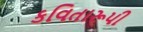
કવિતારૂપી